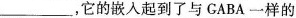
___，它的嵌入起到了与GABA一样的